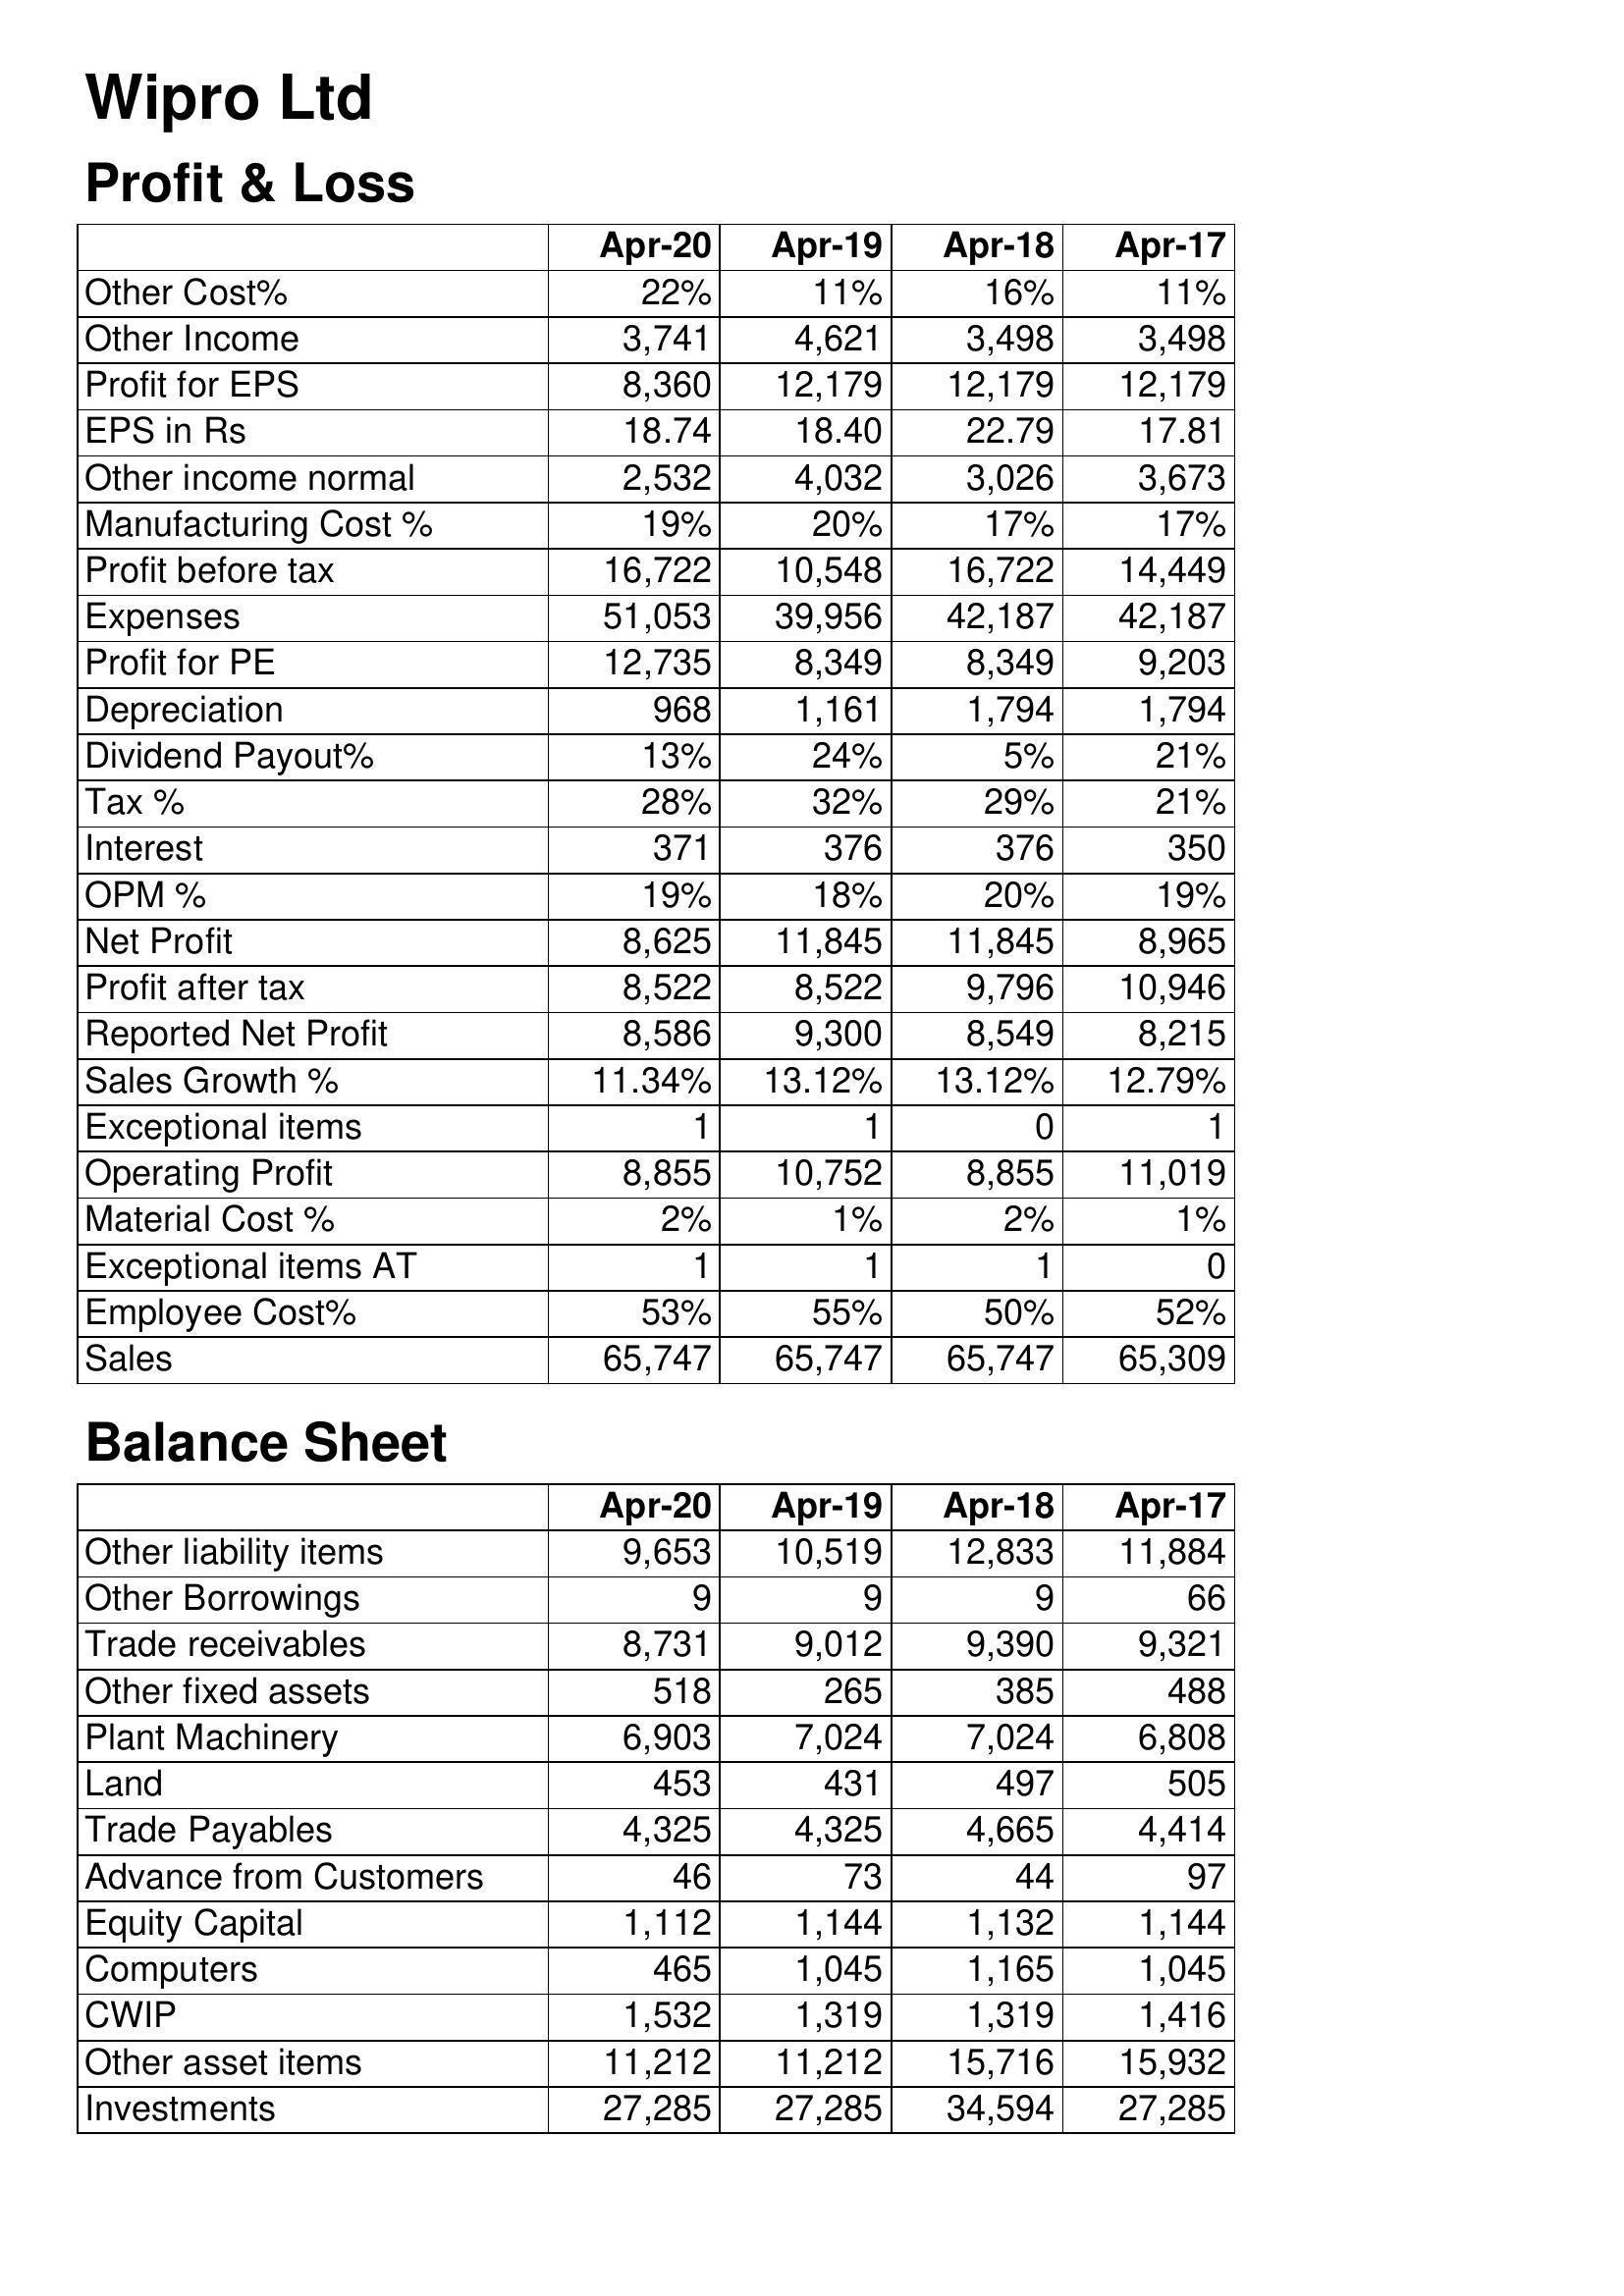
Apr-20: Profit & Loss: Other Cost%: 22%
Other Income: 3,741
Profit for EPS: 8,360
EPS in Rs: 18.74
Other income normal: 2,532
Manufacturing Cost %: 19%
Profit before tax: 16,722
Expenses: 51,053
Profit for PE: 12,735
Depreciation: 968
Dividend Payout%: 13%
Tax %: 28%
Interest: 371
OPM %: 19%
Net Profit: 8,625
Profit after tax: 8,522
Reported Net Profit: 8,586
Sales Growth %: 11.34%
Exceptional items: 1
Operating Profit: 8,855
Material Cost %: 2%
Exceptional items AT: 1
Employee Cost%: 53%
Sales: 65,747
Balance Sheet: Other liability items: 9,653
Other Borrowings: 9
Trade receivables: 8,731
Other fixed assets: 518
Plant Machinery: 6,903
Land: 453
Trade Payables: 4,325
Advance from Customers: 46
Equity Capital: 1,112
Computers: 465
CWIP: 1,532
Other asset items: 11,212
Investments: 27,285
Apr-19: Profit & Loss: Other Cost%: 11%
Other Income: 4,621
Profit for EPS: 12,179
EPS in Rs: 18.40
Other income normal: 4,032
Manufacturing Cost %: 20%
Profit before tax: 10,548
Expenses: 39,956
Profit for PE: 8,349
Depreciation: 1,161
Dividend Payout%: 24%
Tax %: 32%
Interest: 376
OPM %: 18%
Net Profit: 11,845
Profit after tax: 8,522
Reported Net Profit: 9,300
Sales Growth %: 13.12%
Exceptional items: 1
Operating Profit: 10,752
Material Cost %: 1%
Exceptional items AT: 1
Employee Cost%: 55%
Sales: 65,747
Balance Sheet: Other liability items: 10,519
Other Borrowings: 9
Trade receivables: 9,012
Other fixed assets: 265
Plant Machinery: 7,024
Land: 431
Trade Payables: 4,325
Advance from Customers: 73
Equity Capital: 1,144
Computers: 1,045
CWIP: 1,319
Other asset items: 11,212
Investments: 27,285
Apr-18: Profit & Loss: Other Cost%: 16%
Other Income: 3,498
Profit for EPS: 12,179
EPS in Rs: 22.79
Other income normal: 3,026
Manufacturing Cost %: 17%
Profit before tax: 16,722
Expenses: 42,187
Profit for PE: 8,349
Depreciation: 1,794
Dividend Payout%: 5%
Tax %: 29%
Interest: 376
OPM %: 20%
Net Profit: 11,845
Profit after tax: 9,796
Reported Net Profit: 8,549
Sales Growth %: 13.12%
Exceptional items: 0
Operating Profit: 8,855
Material Cost %: 2%
Exceptional items AT: 1
Employee Cost%: 50%
Sales: 65,747
Balance Sheet: Other liability items: 12,833
Other Borrowings: 9
Trade receivables: 9,390
Other fixed assets: 385
Plant Machinery: 7,024
Land: 497
Trade Payables: 4,665
Advance from Customers: 44
Equity Capital: 1,132
Computers: 1,165
CWIP: 1,319
Other asset items: 15,716
Investments: 34,594
Apr-17: Profit & Loss: Other Cost%: 11%
Other Income: 3,498
Profit for EPS: 12,179
EPS in Rs: 17.81
Other income normal: 3,673
Manufacturing Cost %: 17%
Profit before tax: 14,449
Expenses: 42,187
Profit for PE: 9,203
Depreciation: 1,794
Dividend Payout%: 21%
Tax %: 21%
Interest: 350
OPM %: 19%
Net Profit: 8,965
Profit after tax: 10,946
Reported Net Profit: 8,215
Sales Growth %: 12.79%
Exceptional items: 1
Operating Profit: 11,019
Material Cost %: 1%
Exceptional items AT: 0
Employee Cost%: 52%
Sales: 65,309
Balance Sheet: Other liability items: 11,884
Other Borrowings: 66
Trade receivables: 9,321
Other fixed assets: 488
Plant Machinery: 6,808
Land: 505
Trade Payables: 4,414
Advance from Customers: 97
Equity Capital: 1,144
Computers: 1,045
CWIP: 1,416
Other asset items: 15,932
Investments: 27,285